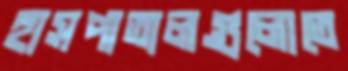
হাসপাতালগুলোতে